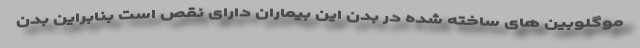
موگلوبین های ساخته شده در بدن این بیماران دارای نقص است بنابراین بدن